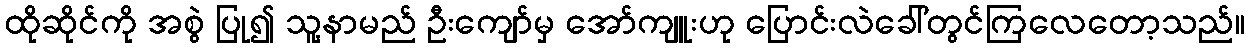
ထိုဆိုင်ကို အစွဲ ပြု၍ သူ့နာမည် ဦးကျော်မှ အော်ကျူးဟု ပြောင်းလဲခေါ်တွင်ကြလေတော့သည်။